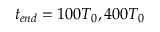
t _ { e n d } = 1 0 0 T _ { 0 } , 4 0 0 T _ { 0 }